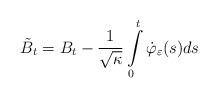
LaTeX: \begin{align*}\tilde{B}_{t} = B_{t} - \frac{1}{\sqrt{\kappa}}\int\limits_{0}^{t}\dot\varphi_{\varepsilon}(s)ds\end{align*}